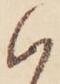
ハ